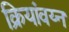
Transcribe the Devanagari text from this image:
क्रियांवय्न